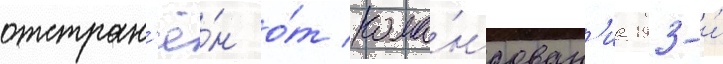
отстран'ё́н о́т кома́ндован'иа 193-и́